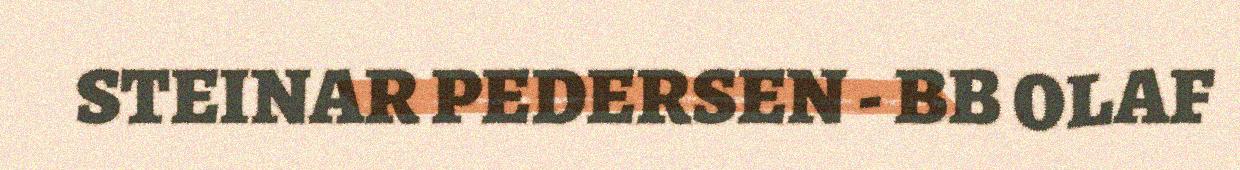
STEINAR PEDERSEN - BB OLAF